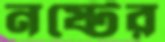
নষ্টের